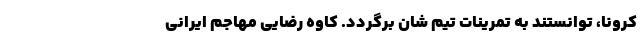
کرونا، توانستند به تمرینات تیم شان برگردد. کاوه رضایی مهاجم ایرانی